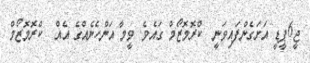
ޖީ6ޕީޑީ އަށަގެންފައިވަނީ  ކްރޮމޮޒޯމް ގައެވެ. ވީމާ އަންހެނެއްގެ އެއް  ކްރޮމޮޒޯމް